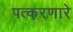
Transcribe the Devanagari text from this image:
पत्करणारे